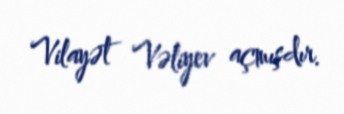
Vilayət Vəliyev açmışdır.